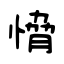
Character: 愶